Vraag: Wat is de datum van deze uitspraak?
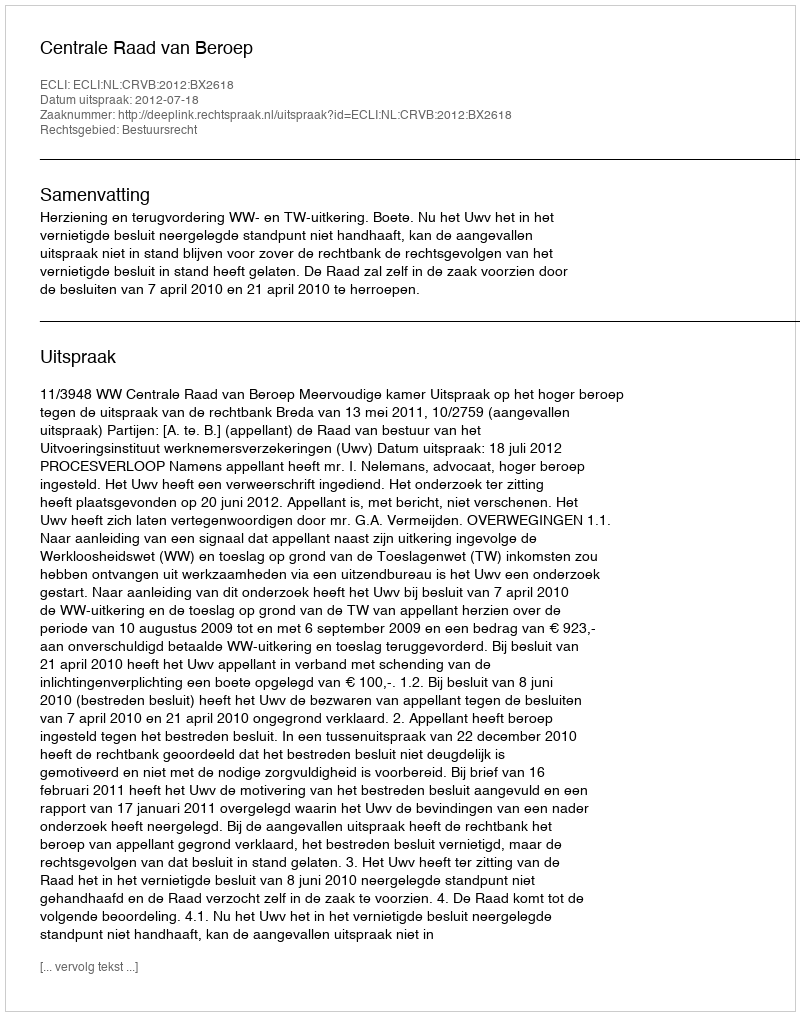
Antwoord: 2012-07-18